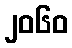
၂၀၆၀